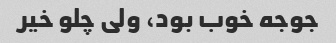
جوجه خوب بود، ولی چلو خیر